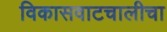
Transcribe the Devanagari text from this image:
विकासवाटचालीचा